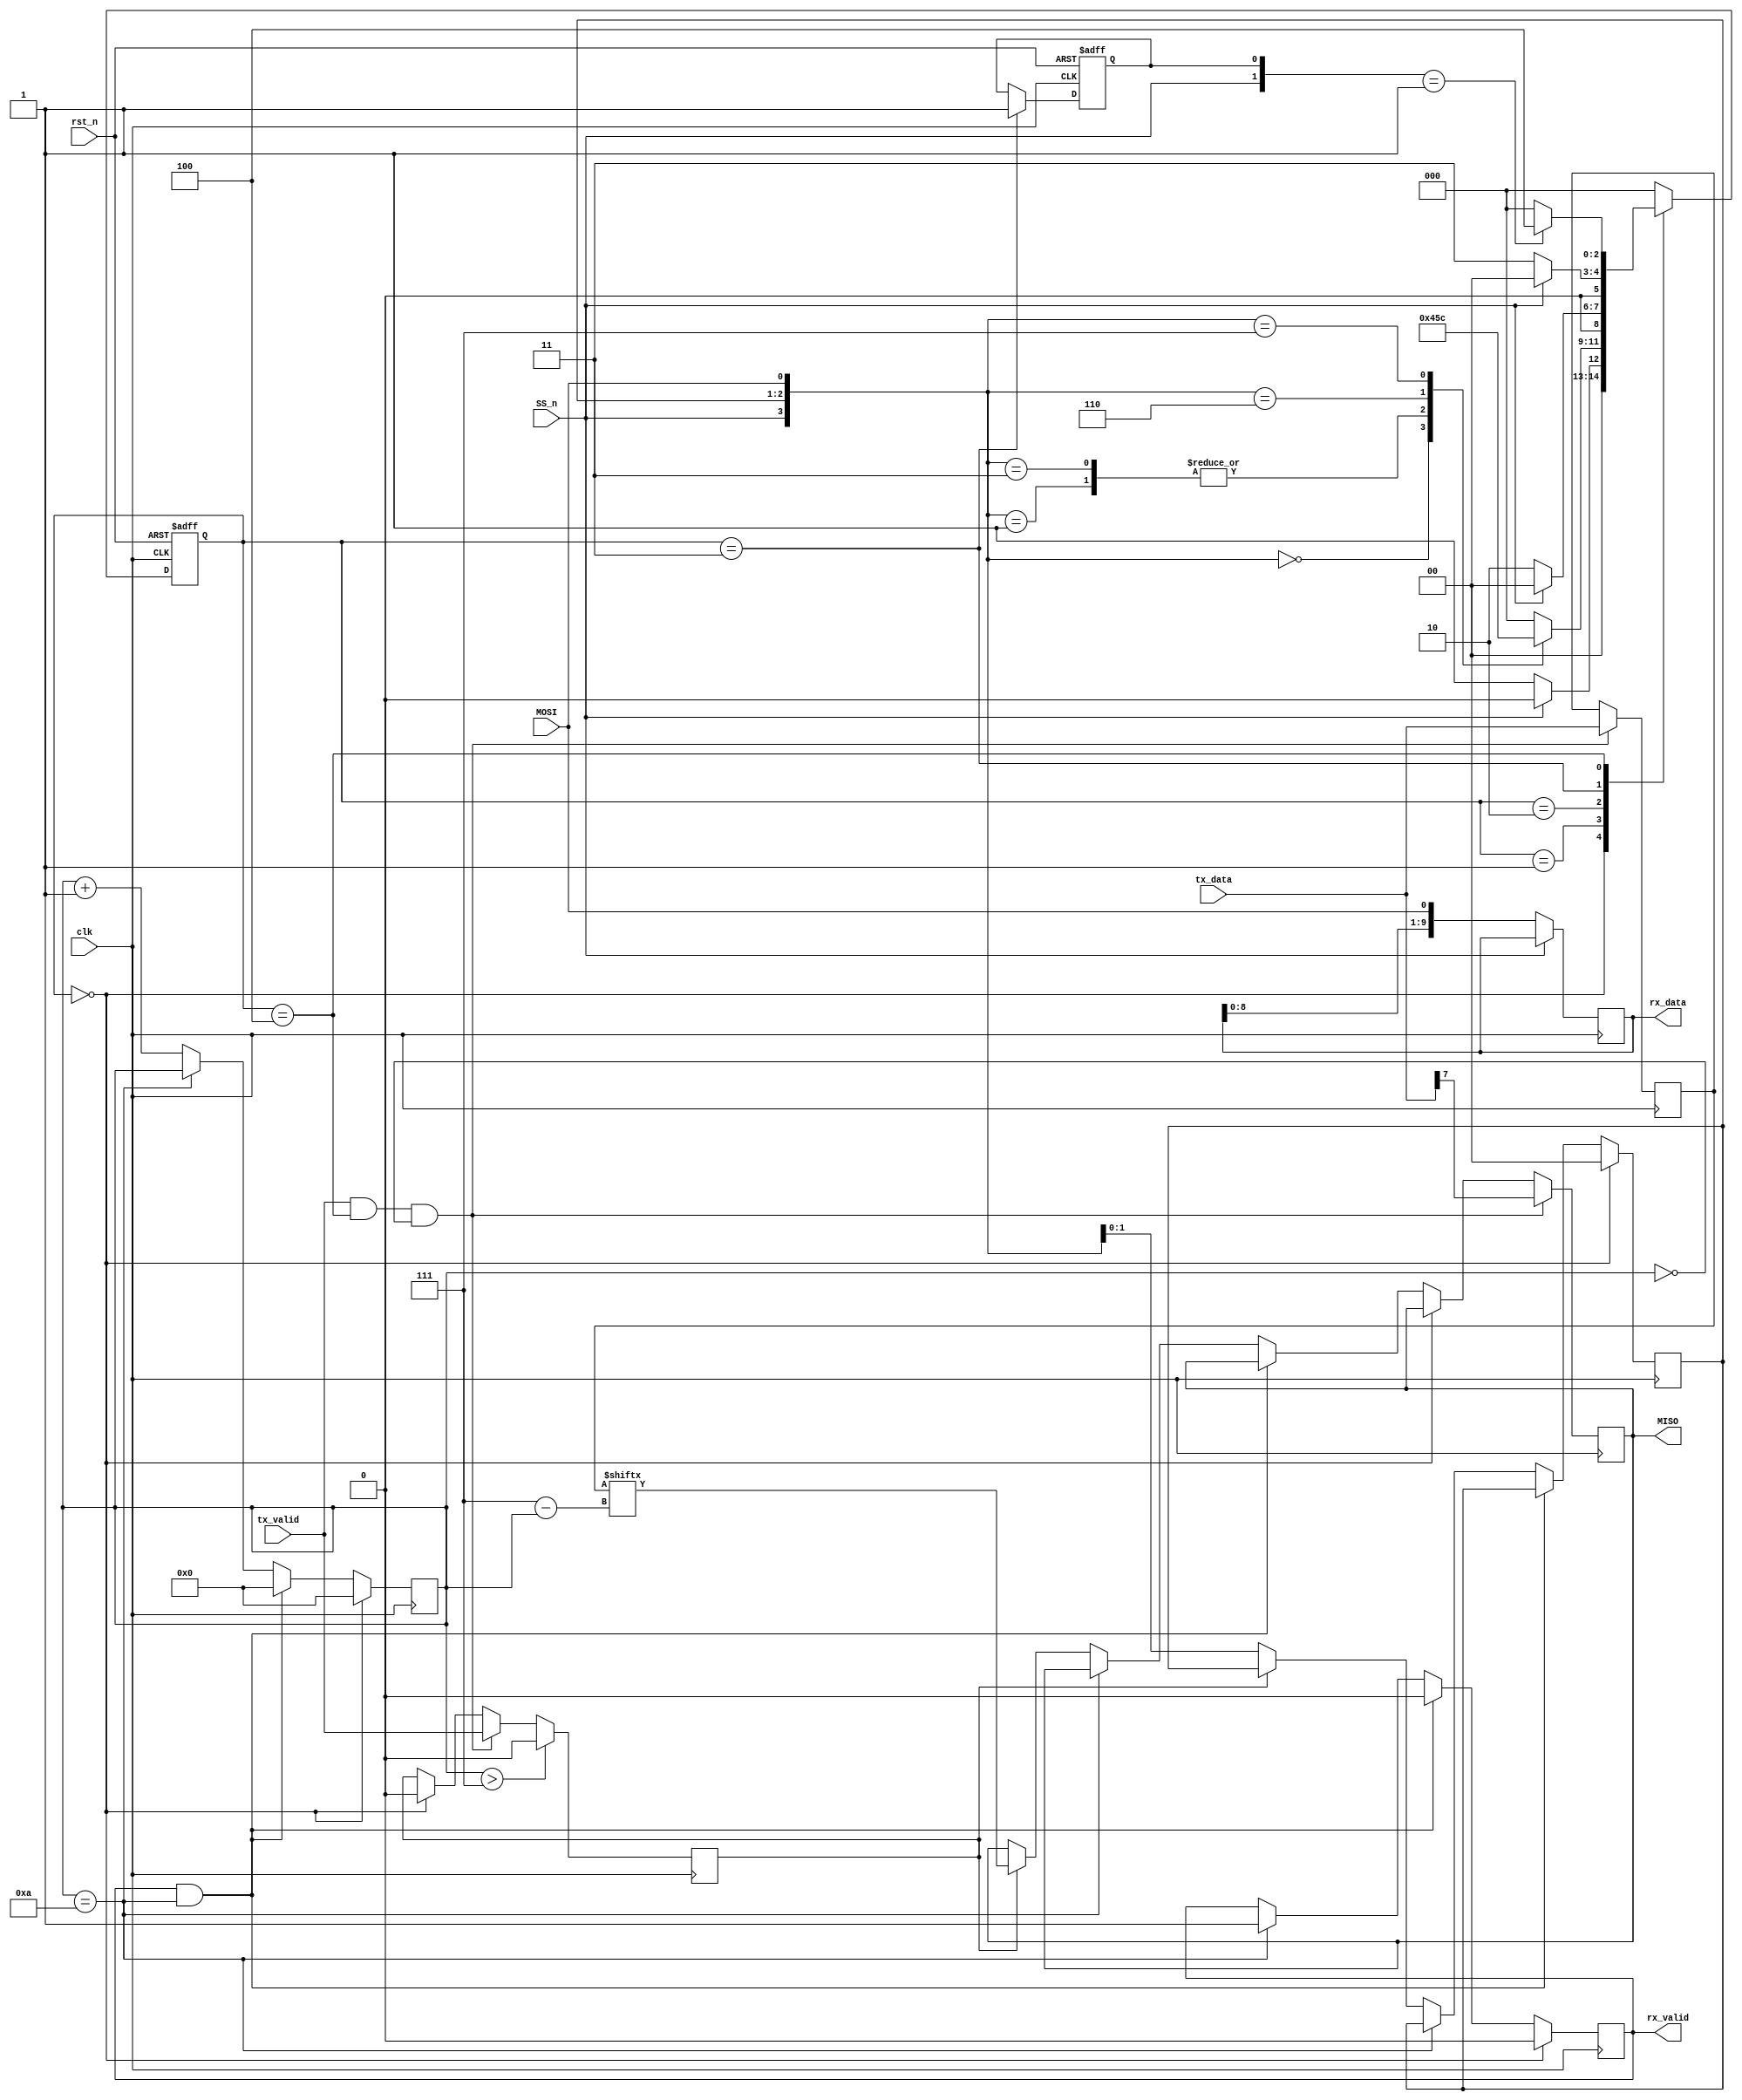
module SPI_Slave (
    clk,rst_n,MOSI,MISO,SS_n,rx_data,rx_valid,tx_data,tx_valid
);

    parameter IDLE = 3'b000;
    parameter CHK_CMD = 3'b001;
    parameter WRITE = 3'b010;
    parameter READ_ADD = 3'b011;
    parameter READ_DATA = 3'b100;


    input clk;
    input rst_n; // Active low asynchronous reset

    input MOSI; // Master-Out-Slave-In
    output reg MISO; // Master-In-Slave-Out

    input SS_n; // Slave Select

    output reg [9:0] rx_data; // Data sent to RAM
    output reg rx_valid;

    input [7:0] tx_data; // Data received from RAM
    input tx_valid;

    (* fsm_encoding = "gray" *)
    reg [2:0] cs,ns;

    reg [3:0] counter; // 4-bit counter for serial to parallel and vice versa conversions
    reg [7:0] tmp_reg; // to store data returned from RAM
    reg [1:0] read_operation; // 00: Write      01,11: Read
    reg tx_valid_tmp;
    // Is raised when the master has made the first read address operation. To ensure that we go to IDLE state in case master has NEVER made a Read address operation and wants to do a Read data operation
    reg read_address_provided;


    // State memory
    always @(posedge clk or negedge rst_n) begin
        if(!rst_n)
            cs <= IDLE;
        else
            cs <= ns;
    end

    // Next state logic
    always @(*) begin
        case (cs)
            IDLE:
                case (SS_n)
                    0 : ns = CHK_CMD;
                    default: ns = IDLE;
                endcase
            CHK_CMD:
                case ({SS_n,read_operation,MOSI})
                    // For write operation
                    4'b0_00_0: ns = WRITE;
                    // For read operations
                    4'b0_00_1: ns = CHK_CMD;
                    4'b0_01_1: ns = CHK_CMD;
                    4'b0_11_0: ns = READ_ADD;
                    4'b0_11_1: ns = READ_DATA;
                    default: ns = IDLE;
                endcase
            WRITE:
                case (SS_n)
                    0 : ns = WRITE; 
                    default: ns = IDLE;
                endcase
            READ_ADD:
                case (SS_n)
                    0 : ns = READ_ADD; 
                    default: ns = IDLE;
                endcase
            READ_DATA:
                case ({SS_n,read_address_provided}) // if Master had not provided a Read address before, then return to IDLE state
                    2'b01 : ns = READ_DATA; 
                    default: ns = IDLE;
                endcase
            default: ns = IDLE;
        endcase
    end

    // Output logic
    always @(posedge clk) begin
        if (cs == IDLE) begin
            counter <= 0;
            rx_valid <= 0;
            read_operation <= 0;
            tx_valid_tmp <= 0;
        end
        // to raise rx_valid only for 1 clk cycle when it is valid, and to zero the counter in case of READ_DATA after rx_valid has been raised:
        else if (rx_valid && (counter == 10)) begin
            rx_valid <= 0;
            counter <= 0;
        end
        else if (counter == 10)
                rx_valid <= 1;
        // Output on MISO if stored tx_valid is 1 and increment counter (since it has been zeroed) till tx_data is converted into serial out data on MISO port:
        else if (tx_valid_tmp) begin
            MISO <= tmp_reg[7-counter];
            counter <= counter + 1;
        end
        else begin
            counter <= counter + 1;
            // To determine which type of read operation (is checked in next state logic)
            read_operation <= {read_operation[0],MOSI};
        end

        // Shift register for the data to be sent from slave side
        if(SS_n == 0)
            rx_data <= {rx_data[8:0],MOSI};
        
        // Store tx_valid bit and output on MISO the most significant bit of tx_data received from RAM
        if(tx_valid && (cs == READ_DATA) && (counter == 0)) begin
            tmp_reg <= tx_data;
            tx_valid_tmp <= tx_valid;
            MISO <= tx_data[7];
        end

        // Only raise tx_valid_tmp for the 8 cycles that would output on MISO
        if(counter > 7)
            tx_valid_tmp <= 0;

    end

    always @(posedge clk or negedge rst_n) begin
        if(!rst_n)
            read_address_provided <= 0;
        else if(cs == READ_ADD)
            read_address_provided <= 1;
    end
endmodule